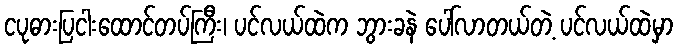
ငပုဓားပြငါးထောင်တပ်ကြီး၊ ပင်လယ်ထဲက ဘွားခနဲ ပေါ်လာတယ်တဲ့ ပင်လယ်ထဲမှာ